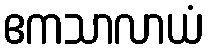
ဧကသာလာယံ